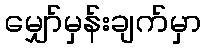
မျှော်မှန်းချက်မှာ